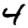
Digit: 4